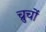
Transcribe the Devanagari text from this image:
च्रुचों